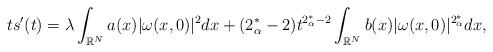
LaTeX: \begin{align*}ts'(t)=\lambda\displaystyle\int_{\mathbb{R}^N}a(x)|\omega(x,0)|^2dx+(2_\alpha^*-2)t^{2_\alpha^*-2}\displaystyle\int_{\mathbb{R}^N}b(x)|\omega(x,0)|^{2_\alpha^*}dx,\end{align*}